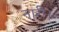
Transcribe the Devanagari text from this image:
नारी।